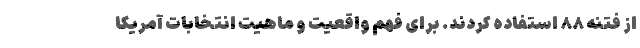
از فتنه ۸۸ استفاده کردند. برای فهم واقعیت و ماهیت انتخابات آمریکا